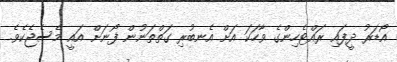
އޯޑަރު ދީފައި ރައްޓެހިންގެ ވާހަކަ އަށް އެނބުރި ގަތްތަނުން ފޯނަށް އައީ މެސެޖެކެވެ.